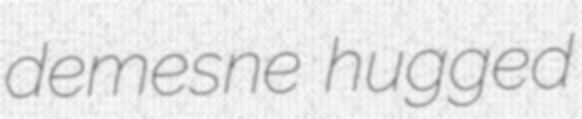
demesne hugged